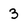
Character: 3